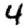
Digit: 4